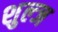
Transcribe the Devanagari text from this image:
शुल्ज